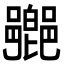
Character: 𨞰